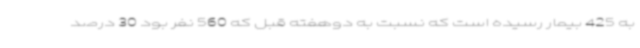
به 425 بیمار رسیده است که نسبت به دوهفته قبل که 560 نفر بود 30 درصد